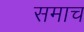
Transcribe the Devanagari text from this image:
समाच